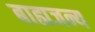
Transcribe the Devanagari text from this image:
बाह्यजन्य